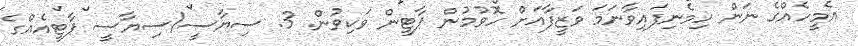
އެމީހެއްގެ ނަން ހިމެނިފައިވާނަމަ ވަޒީފާއަށް ހޮވުމުން ޕާޓީން ވަކިވުން. 3. ސިޔާސީ/ސިޔާސީ ޕާޓީއެއްގެ